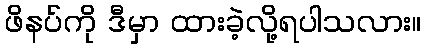
ဖိနပ်ကို ဒီမှာ ထားခဲ့လို့ရပါသလား။